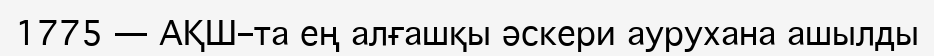
1775 — АҚШ–та ең алғашқы әскери аурухана ашылды